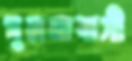
খুলনাবাসী